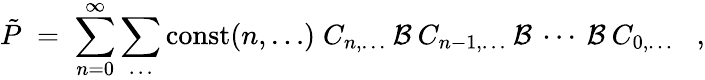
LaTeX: \tilde{P}\; =\; \sum_{n=0}^{\infty}\sum_{\ldots}{\mathrm{const}}(n,\ldots)\; C_{n,\ldots}\: {\cal{B}}\: C_{n-1,\ldots}\: {\cal{B}}\: \cdots\: {\cal{B}}\: C_{0,\ldots}\; \; \; ,